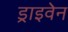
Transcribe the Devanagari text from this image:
ड्राइवेन